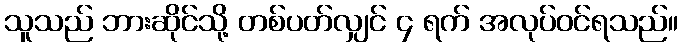
သူသည် ဘားဆိုင်သို့ တစ်ပတ်လျှင် ၄ ရက် အလုပ်ဝင်ရသည်။